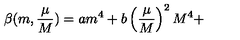
\beta ( m , \frac { \mu } { M } ) = a m ^ { 4 } + b \left( \frac { \mu } { M } \right) ^ { 2 } M ^ { 4 } +